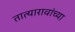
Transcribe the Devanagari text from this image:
तात्यारावांच्या